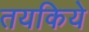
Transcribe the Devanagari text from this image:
तयकिये